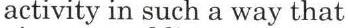
activity in such a way that